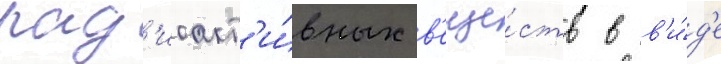
рад'иоакт'и́вных в'еще́ств в в'и́д'е